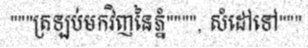
"""ត្រឡប់មកវិញនៃភ្នំ"""", សំដៅទៅ"""